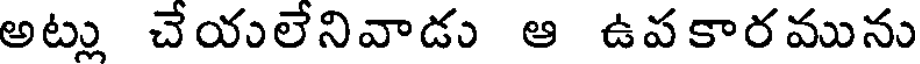
అట్లు చేయలేనివాడు ఆ ఉపకారమును